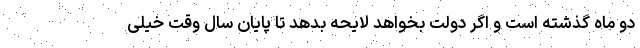
دو ماه گذشته است و اگر دولت بخواهد لایحه بدهد تا پایان سال وقت خیلی